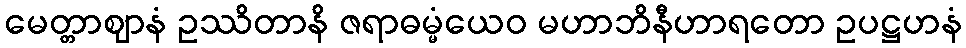
မေတ္တာဈာနံ ဥဿိတာနိ ဇရာဓမ္မံယေဝ မဟာဘိနီဟာရတော ဥပဋ္ဌဟနံ